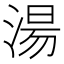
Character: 湯